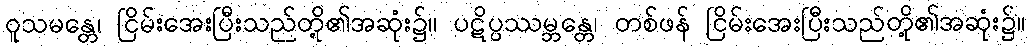
ဝူသမန္တေ၊ ငြိမ်းအေးပြီးသည်တို့၏အဆုံး၌။ ပဋိပ္ပဿမ္ဘန္တေ၊ တစ်ဖန် ငြိမ်းအေးပြီးသည်တို့၏အဆုံး၌။